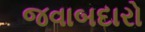
જવાબદારો